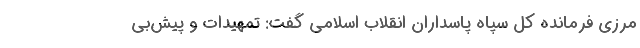
مرزی فرمانده کل سپاه پاسداران انقلاب اسلامی گفت: تمهیدات و پیش‌بی